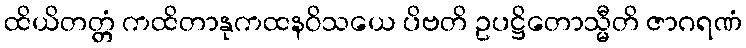
ထိယိတတ္တံ ကထိတာနုကထနဝိသယေ ပိဗတိ ဥပဋ္ဌိတောသ္မီတိ ဇာဂရဏံ